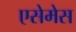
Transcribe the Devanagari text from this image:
एसेमेस